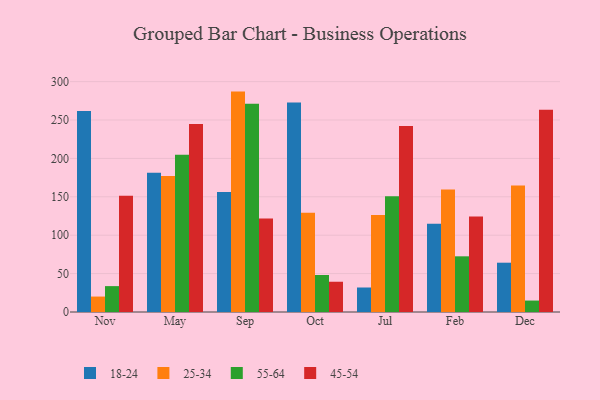
{"axis": {"x": "Month", "y": "Churn Rate (%)"}, "legend": ["18-24", "25-34", "45-54", "55-64"], "data": [{"x": "Nov", "y": 261.9, "type": "18-24"}, {"x": "Nov", "y": 20.1, "type": "25-34"}, {"x": "Nov", "y": 33.7, "type": "55-64"}, {"x": "Nov", "y": 151.4, "type": "45-54"}, {"x": "May", "y": 181.4, "type": "18-24"}, {"x": "May", "y": 177.0, "type": "25-34"}, {"x": "May", "y": 204.7, "type": "55-64"}, {"x": "May", "y": 244.7, "type": "45-54"}, {"x": "Sep", "y": 156.2, "type": "18-24"}, {"x": "Sep", "y": 287.0, "type": "25-34"}, {"x": "Sep", "y": 271.1, "type": "55-64"}, {"x": "Sep", "y": 121.6, "type": "45-54"}, {"x": "Oct", "y": 272.7, "type": "18-24"}, {"x": "Oct", "y": 129.2, "type": "25-34"}, {"x": "Oct", "y": 48.2, "type": "55-64"}, {"x": "Oct", "y": 39.4, "type": "45-54"}, {"x": "Jul", "y": 31.9, "type": "18-24"}, {"x": "Jul", "y": 126.4, "type": "25-34"}, {"x": "Jul", "y": 150.7, "type": "55-64"}, {"x": "Jul", "y": 242.1, "type": "45-54"}, {"x": "Feb", "y": 114.8, "type": "18-24"}, {"x": "Feb", "y": 159.6, "type": "25-34"}, {"x": "Feb", "y": 72.5, "type": "55-64"}, {"x": "Feb", "y": 124.2, "type": "45-54"}, {"x": "Dec", "y": 64.2, "type": "18-24"}, {"x": "Dec", "y": 164.7, "type": "25-34"}, {"x": "Dec", "y": 14.9, "type": "55-64"}, {"x": "Dec", "y": 263.3, "type": "45-54"}]}